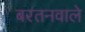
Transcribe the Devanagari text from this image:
बरतनवाले